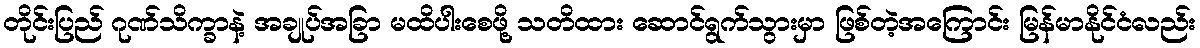
တိုင်းပြည် ဂုဏ်သိက္ခာနဲ့ အချုပ်အခြာ မထိပါးစေဖို့ သတိထား ဆောင်ရွက်သွားမှာ ဖြစ်တဲ့အကြောင်း မြန်မာနိုင်ငံလည်း